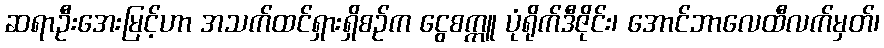
ဆရာဦးအေးမြင့်ဟာ အသက်ထင်ရှားရှိစဉ်က ငွေစက္ကူ ပုံရိုက်ဒီဇိုင်း၊ အောင်ဘာလေထီလက်မှတ်၊